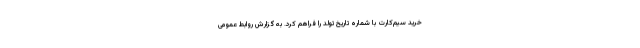
خرید سیم‌کارت با شماره تاریخ تولد را فراهم کرد. به گزارش روابط عمومی